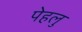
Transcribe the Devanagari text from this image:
पेहलु